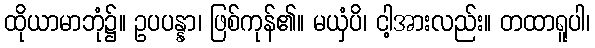
ထိုယာမာဘုံ၌။ ဥပပန္နာ၊ ဖြစ်ကုန်၏။ မယှံပိ၊ ငါ့အားလည်း။ တထာရူပါ၊